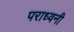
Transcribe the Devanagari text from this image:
पराध्वनी